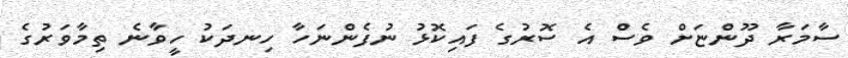
ސާމަރާ ދޫންޏަށް ވެސް އެ ސޮރުގެ ފައިކޮޅު ނުފެންނަހާ ހިނދަކު ހީވާނެ ތިމާވަރުގެ